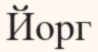
Йорг